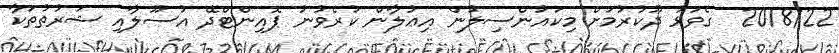
2018/22  ގެވަޅު ދޫކުރުމަށް މިކައުންސިލުން އިޢުލާން ކުރެވުނު ޕޮއިންޓްދޭ އުސޫލާއި ޝަރުތުތަކާ